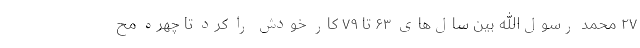
۲۷ محمد رسول‌الله بین سال‌های ۶۳ تا ۷۹ کار خودش را کرد تا چهره مح